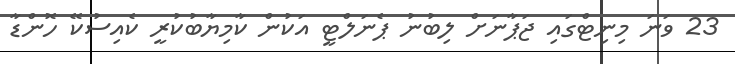
23 ވަނަ މިނިޓްގައި ޖަޕާނަށް ލިބުނު ޕެނަލްޓީ އަކުން ކާމިޔާބުކުރީ ކެއިސުކޭ ހޮންޑާ